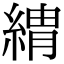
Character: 𦂈